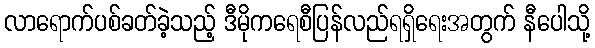
လာရောက်ပစ်ခတ်ခဲ့သည့် ဒီမိုကရေစီပြန်လည်ရရှိရေးအတွက် နီပေါသို့